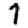
Digit: 7